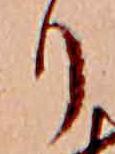
り